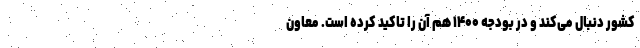
کشور دنبال می‌کند و در بودجه ۱۴۰۰ هم آن را تاکید کرده است. معاون